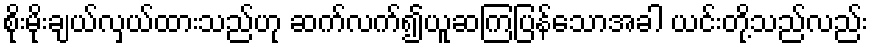
စိုးမိုးချယ်လှယ်ထားသည်ဟု ဆက်လက်၍ယူဆကြပြန်သောအခါ ယင်းတို့သည်လည်း